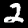
Digit: 2